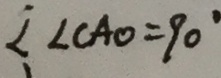
\angle C A O = 9 0 ^ { \circ }